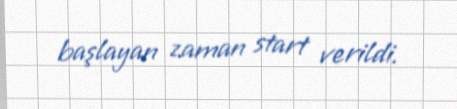
başlayan zaman start verildi.